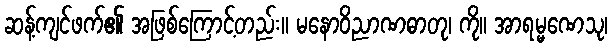
ဆန့်ကျင်ဖက်၏ အဖြစ်ကြောင့်တည်း။ မနောဝိညာဏဓာတု၊ ကို။ အာရမ္မဏေသု၊